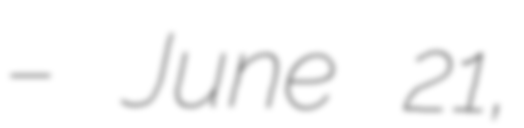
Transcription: – June 21,